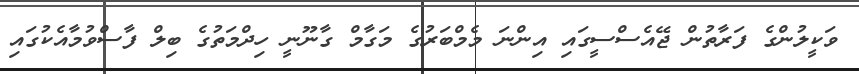
ވަކީލުންގެ ފަރާތުން ޖޭއެސްސީގައި އިންނަ މެމްބަރުގެ މަގާމް ގާނޫނީ ހިދްމަތުގެ ބިލް ފާސްވުމާއެކުގައި